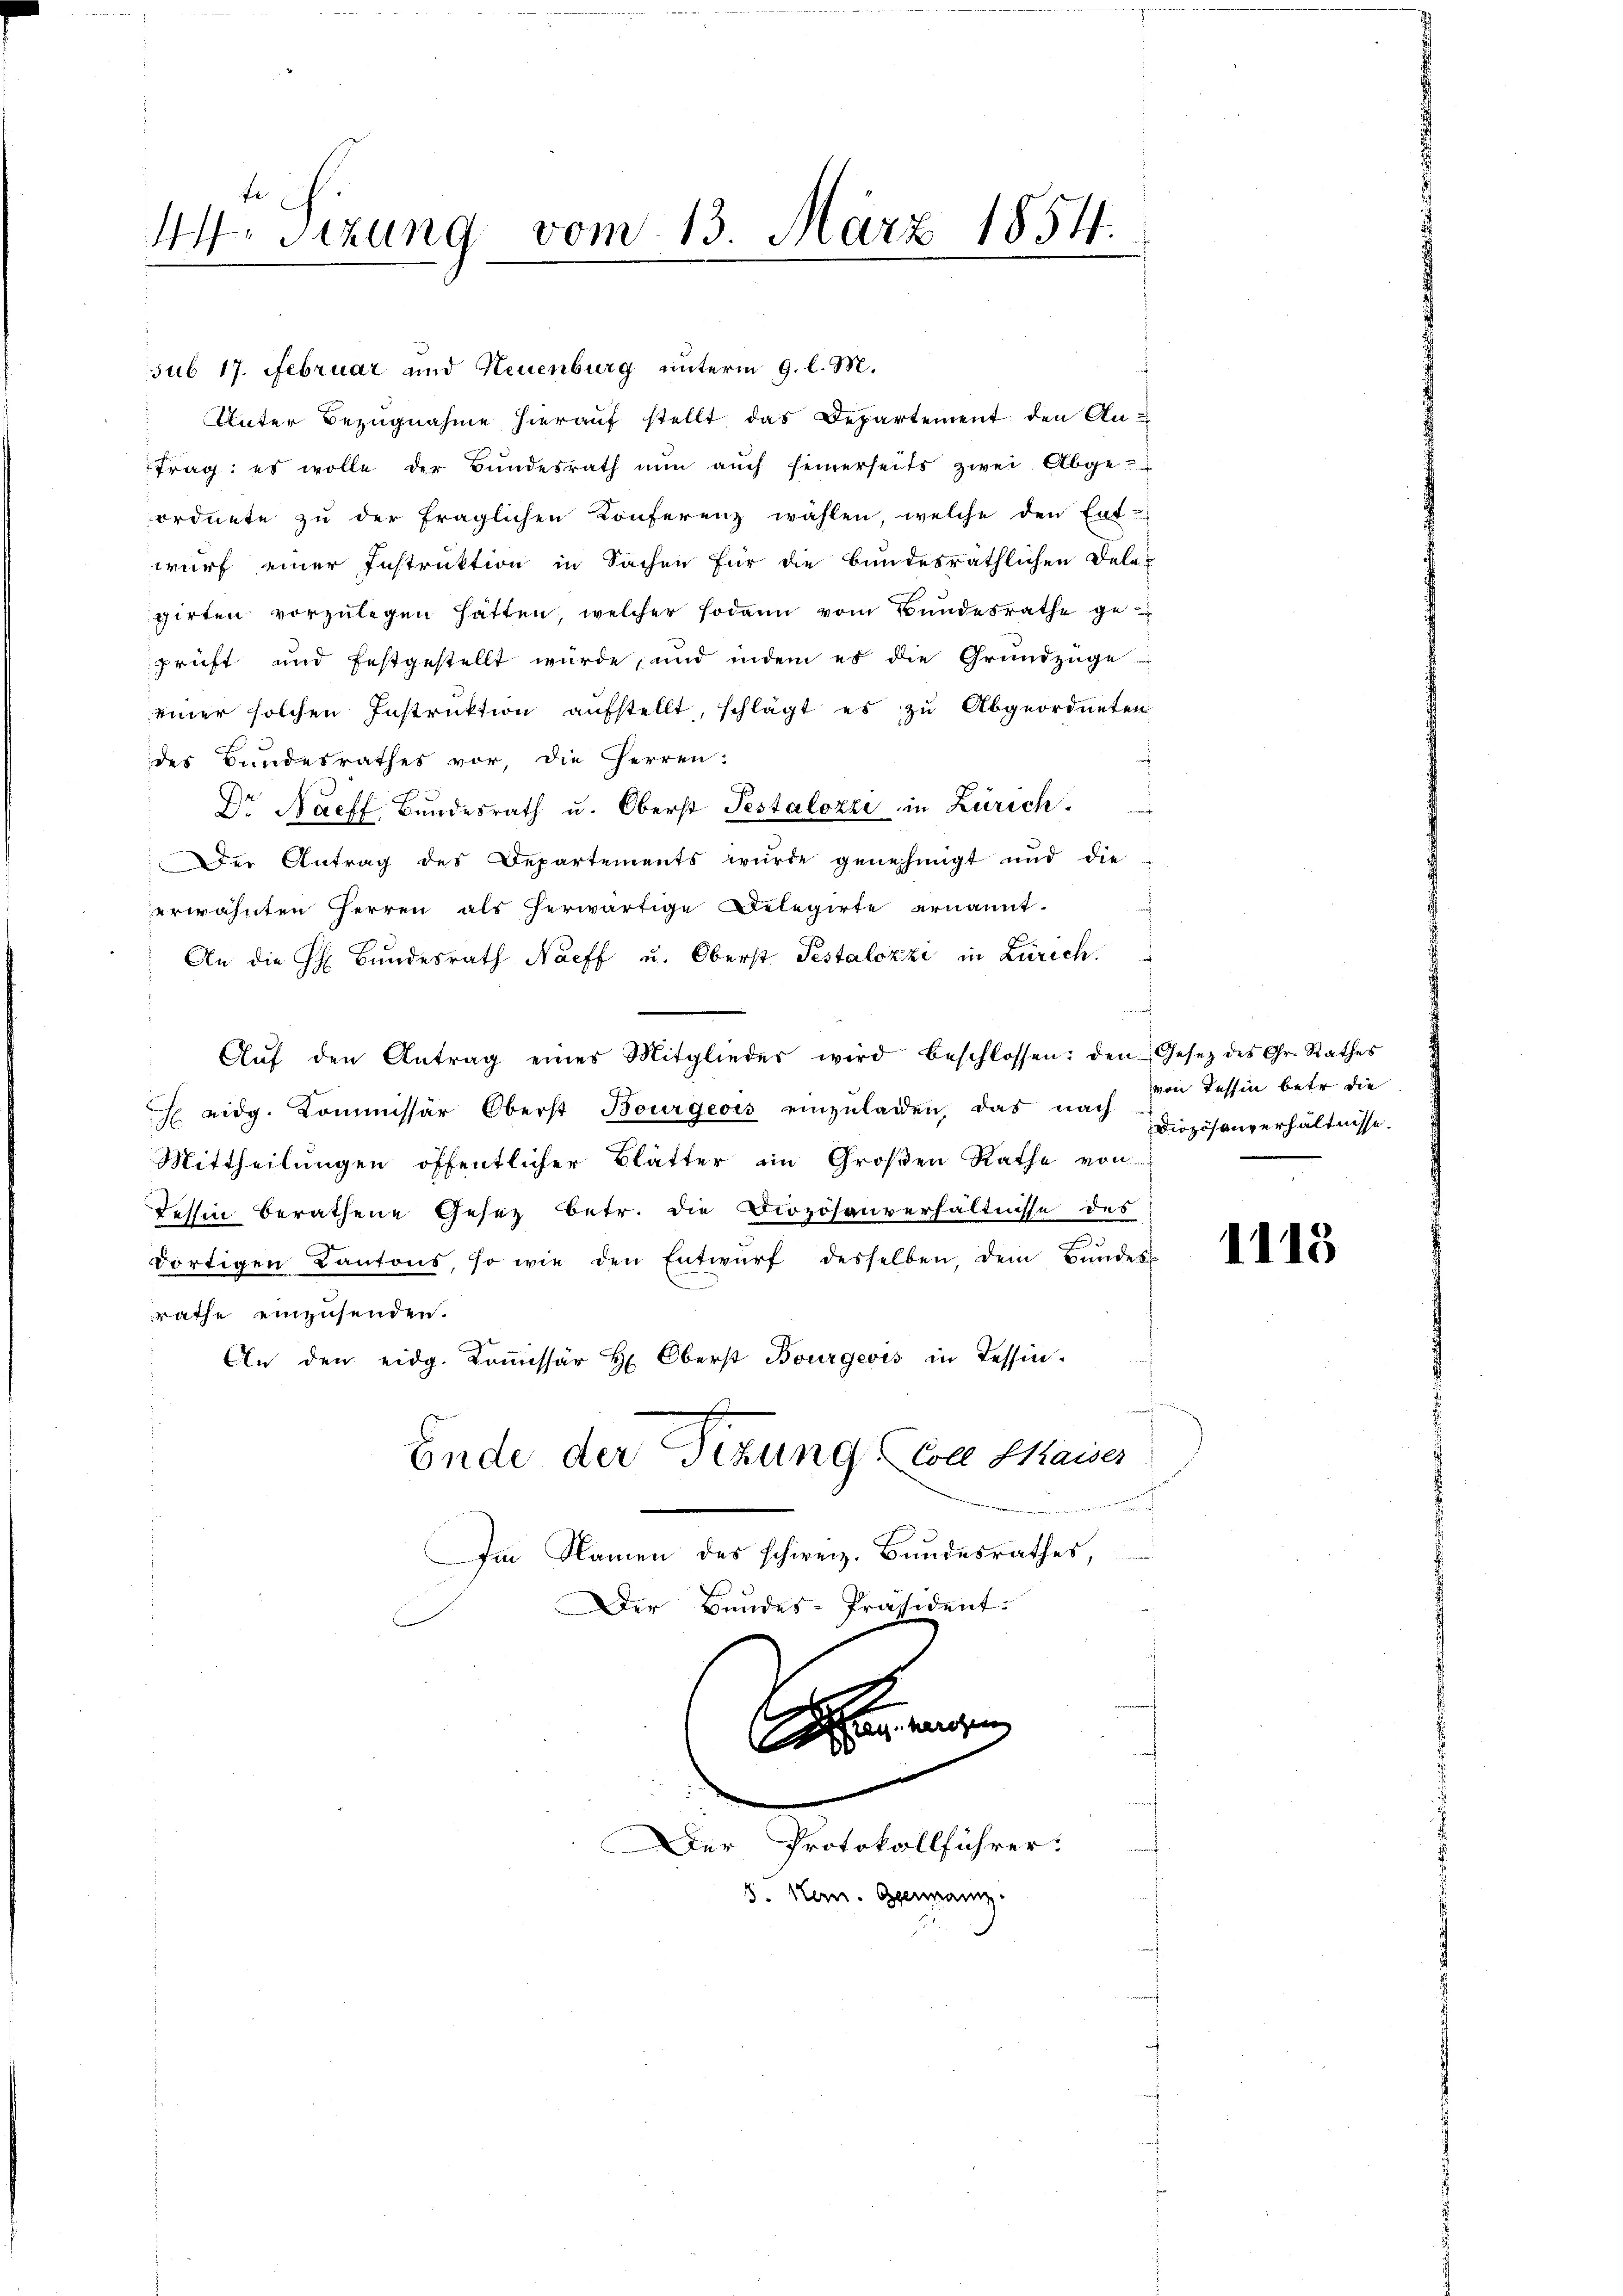
fe
44. Sizung vom 13. März 1854.

sub 17. Februar und Neuenburg unterm 9. l. M.
 Unter Bezugnahme hierauf stellt das Departement den An-
trag; es wolle der Bundesrath nun auch seinerseits zwei. Abge-
ordnete zŭ der fraglichen Konferenz wählen, welche den Ent-
wurf einer Instruktion in Sachen für die bundesräthlichen Dele-
girten vorzŭlegen hätten, welcher sodann vom Bundesrathe ge-
prüft und festgestellt wurde, und indem es die Grundzüge
einer solchen Instruktion aufstellt, schlägt es zu Abgeordneten
des Bundesrathes vor, die Herren:
Dr Naeff, Bundesrath u. Oberst Pestalozzi in Zürich.
Der Antrag des Departements würde genehmigt und die
erwähnten Herren als herwärtige Relegirte ernannt.
An die H. Bundesrath Nacff u. Oberst Pestalozzi in Zürich.
Aŭf den Antrag eines Mitglieder wird beschlossen: den Gesetz des Gr. Rathes
E eidg. Kommissär Oberst Bourgeois einzŭladen, das nach
Mittheilungen öffentlicher Blätter im Großen Rathe von
dessin berathene Gesez betr. die Drozösanverhältnisse des
.
dortigen Kantons, so wie den Entwŭrf desselben, dem Bŭndes
rathe einzusenden.
An den eidg. Koṁissär H: Oberst Bourgeois in Tessin¬
Ende der Sitzung coll Kaises
.
Im Namen des schweiz. Bundesrathes
Der Bundes-Präsident:
e
eg herigen
.
Der Protokollführer:
8. Hern. Germann.

von Tessin betr. die
Diozösanverhältnisse.

1115